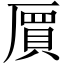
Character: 𠃅